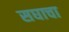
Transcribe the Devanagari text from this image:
सघाचा